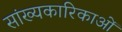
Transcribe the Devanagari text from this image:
सांख्यकारिकाओं